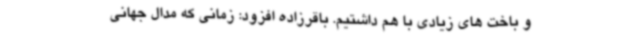
و باخت های زیادی با هم داشتیم. باقرزاده افزود: زمانی که مدال جهانی